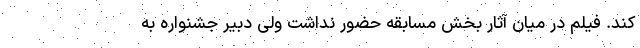
کند. فیلم در میان آثار بخش مسابقه حضور نداشت ولی دبیر جشنواره به